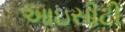
આઇસીટી